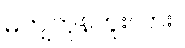
မကျကုန်ဘူးလား။